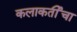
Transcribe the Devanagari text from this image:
कलाकर्तीचा